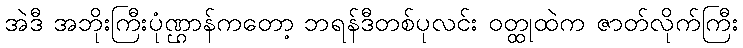
အဲဒီ အဘိုးကြီးပုံဏ္ဌာန်ကတော့ ဘရန်ဒီတစ်ပုလင်း ဝတ္ထုထဲက ဇာတ်လိုက်ကြီး